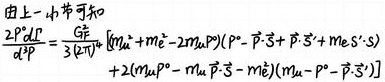
由上一小节可知
\[
\begin{align*}
\frac{2P^0\mathrm{d}P}{\mathrm{d}x^0}&=\frac{GF}{3(2\pi)^4}\int \left[ \bar{u}_\alpha (m\bar{e}-2m\gamma^0\mu^0)(P^0-\vec{P}\cdot\vec{\sigma}+P^3\sigma^3+m\epsilon S^3\cdot \mathrm{i}\right)\\
&+2(m\gamma^0\mu^0-\bar{u}_\alpha\vec{P}\cdot\vec{\sigma}-m\bar{e})(\bar{u}_\alpha(m\mu^0-\vec{P}\cdot\vec{\sigma}S^3))
\end{align*}
\]